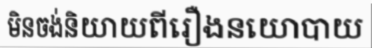
មិនចង់និយាយពីរឿងនយោបាយ